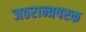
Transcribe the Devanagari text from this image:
जठरान्त्रपरक